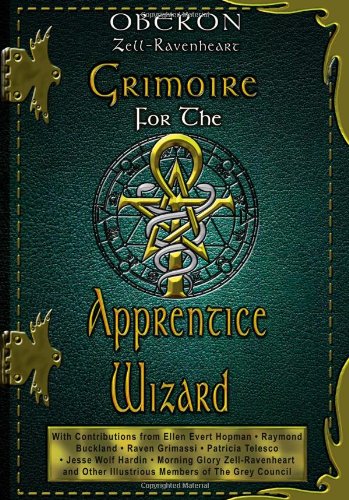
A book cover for Grimoire for the Apprentice Wizard; Oberon Zell-Ravenheart; Crafts, Hobbies & Home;